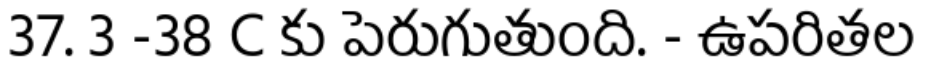
37. 3 -38 C కు పెరుగుతుంది. - ఉపరితల